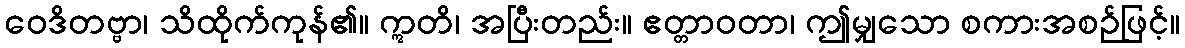
ဝေဒိတဗ္ဗာ၊ သိထိုက်ကုန်၏။ ဣတိ၊ အပြီးတည်း။ ဧတ္တာဝတာ၊ ဤမျှသော စကားအစဉ်ဖြင့်။